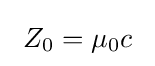
\ Z_{0}=\mu _{0}c\